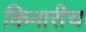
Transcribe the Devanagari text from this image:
किनारीच